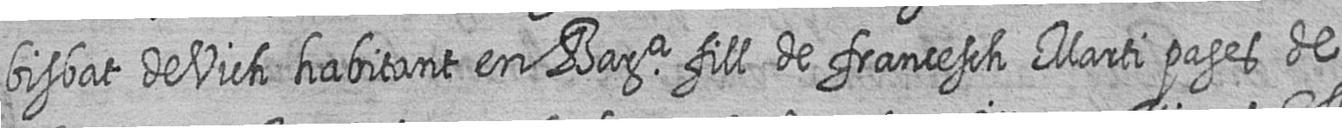
bisbat de Vich habitant en Bara fill de francesch Marti pages de